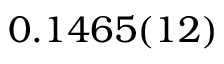
0 . 1 4 6 5 ( 1 2 )